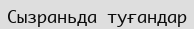
Сызраньда туғандар